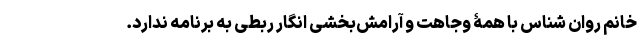
خانم روان شناس با همۀ وجاهت و آرامش‌بخشی انگار ربطی به برنامه ندارد.